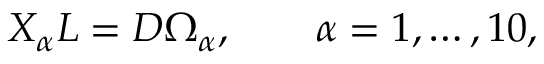
X _ { \alpha } L = D \Omega _ { \alpha } , \qquad \alpha = 1 , \ldots , 1 0 ,